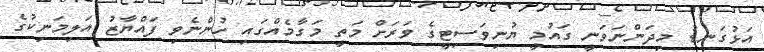
އަޅުގަނޑު މިދަންނަވަނީ ގައުމީ ޔުނިވަސިޓީގެ ވަރަށް މަތީ މަގާމެއްގައި ހުންނެވި ފައްޔާޒު އަލިމަނިކުގެ